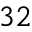
^ { 3 2 }